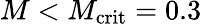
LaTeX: M<M_{\mathrm{crit}}=0.3